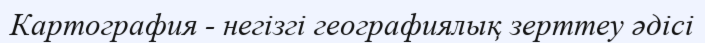
Картография - негізгі географиялық зерттеу әдісі